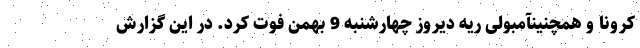
کرونا و همچنینآمبولی ریه دیروز چهارشنبه 9 بهمن فوت کرد. در این گزارش